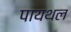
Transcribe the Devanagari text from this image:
पायथल